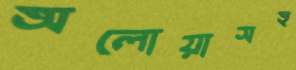
অলোয়াসহ